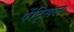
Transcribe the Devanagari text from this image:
पेंट्सिल